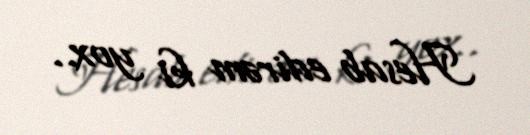
Hesab edirəm ki yox..